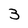
Character: 3